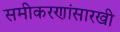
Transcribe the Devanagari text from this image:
समीकरणांसारखी